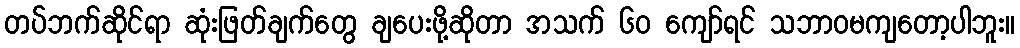
တပ်ဘက်ဆိုင်ရာ ဆုံးဖြတ်ချက်တွေ ချပေးဖို့ဆိုတာ အသက် ၆၀ ကျော်ရင် သဘာဝမကျတော့ပါဘူး။